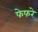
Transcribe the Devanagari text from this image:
फेफरे